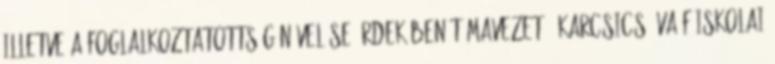
illetve a foglalkoztatottság növelése érdekében Témavezető: Karcsics Éva főiskolai